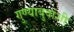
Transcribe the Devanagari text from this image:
गुण्याबुवांशी